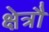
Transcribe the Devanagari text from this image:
क्षेत्रौ